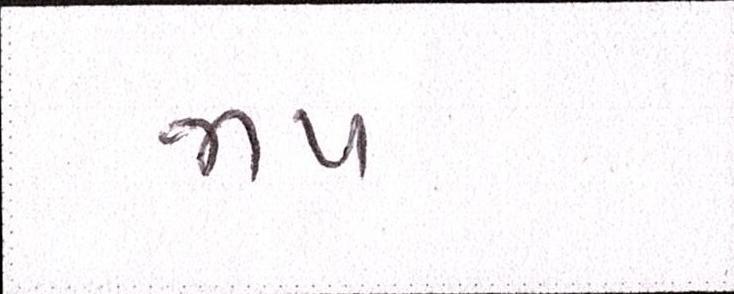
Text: જાપ